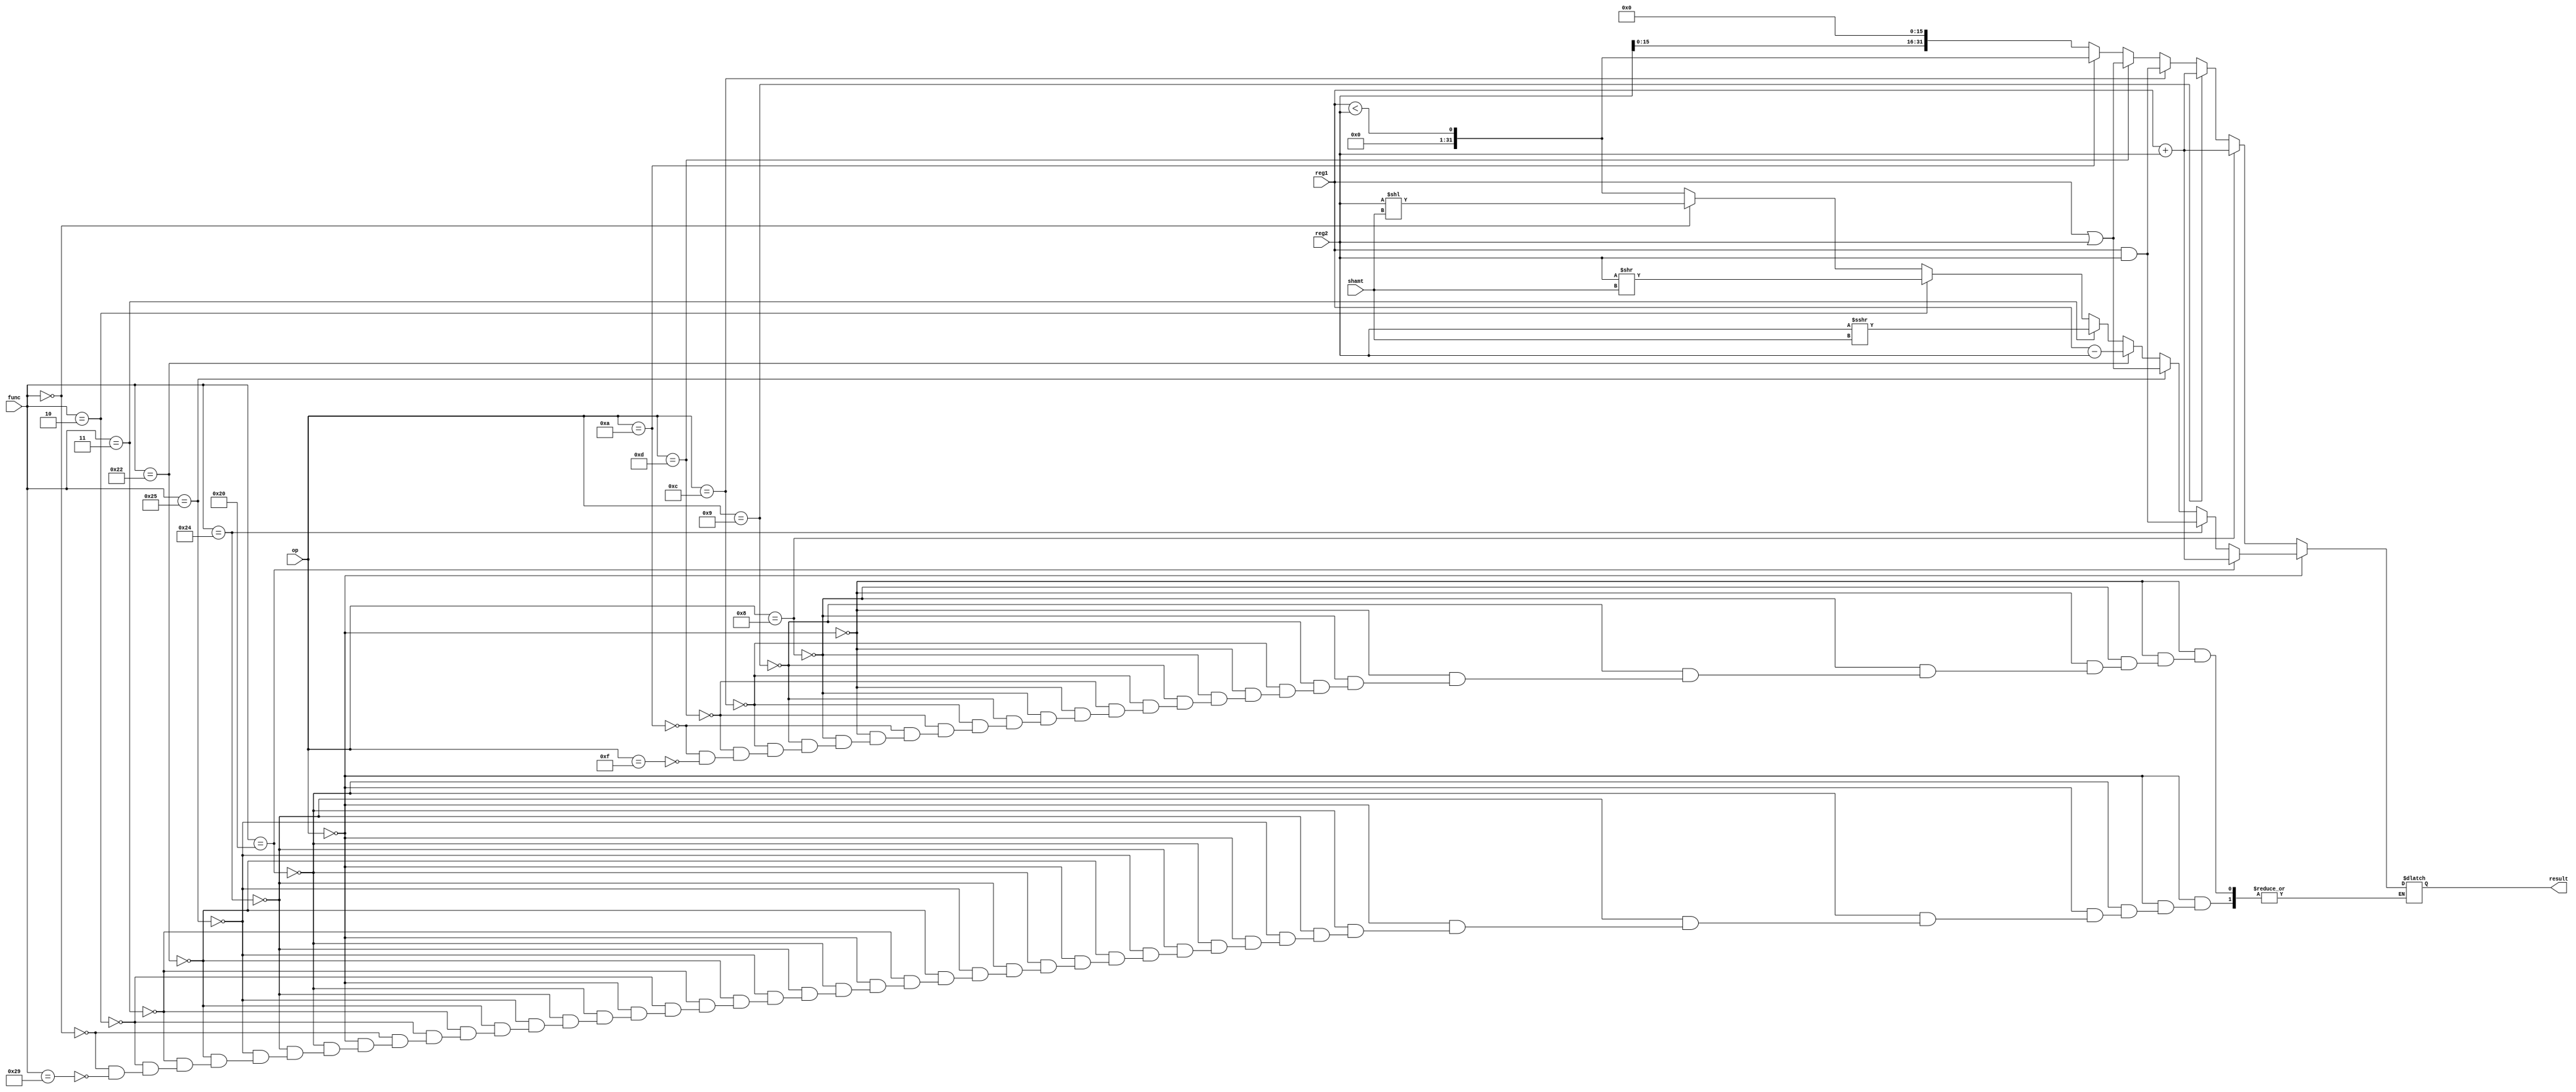
module ALU (reg1, reg2, func, op, shamt ,result);
	
	input signed [31:0] reg1, reg2;
	input [5:0] func, op;
	input [4:0] shamt;
	output reg [31:0] result;
	
	always @(reg2) begin
		if( op == 6'b000000 ) begin
			
			if( func == 6'b100000 ) begin // add
				result = reg1 + reg2; 
				$display("**** ADD ****\n %b + %b", reg1, reg2);
				
			end else if( func == 6'b100100 ) begin // and
				result = reg1 & reg2; 
				$display("**** AND ****\n %b & %b", reg1, reg2);
			
			end else if( func == 6'b100101 ) begin // or
				result = reg1 | reg2; 
				$display("**** OR ****\n %b | %b", reg1, reg2);
			
			end else if( func == 6'b100010 ) begin // sub
				result = reg1 - reg2; 
				$display("**** SUB ****\n %b - %b", reg1, reg2);
			
			end else if( func == 6'b000011 ) begin // sra
				result = reg2 >>> shamt; 
				$display("**** SRA ****\n %b >>> %b", reg2, shamt);
		
			end else if( func == 6'b000010 ) begin // srl
				result = reg2 >> shamt; 
				$display("**** SRL ****\n %b >> %b", reg2, shamt);
			
			end else if( func == 6'b000000 ) begin // sll
				result = reg2 << shamt; 
				$display("**** SLL **** \n%b << %b", reg2, shamt);
				
			end else if( func == 6'b101001 ) begin // sltu
				result = (reg1 < reg2); 
				$display("**** SLTU ****\n %b < %b", reg1, reg2);
			
			end else begin
				$display("No Operation");
			end
		end else begin 
			
			if( op == 6'b001000 ) begin // addi
				result = reg1 + reg2; 
				$display("**** ADDI ****\n %b + %b", reg1, reg2);
			
			end else if( op == 6'b001001 ) begin // addiu
				result = reg1 + reg2; 
				$display("**** ADDIU ****\n %b + %b", reg1, reg2);
			
			end else if( op == 6'b001100 ) begin // andi
				result = reg1 & reg2; 
				$display("**** ANDI ****\n %b & %b", reg1, reg2);
			
			end else if( op == 6'b001101 ) begin // ori
				result = reg1 | reg2; 
				$display("**** ORI ****\n %b | %b", reg1, reg2);
			
			end else if( op == 6'b001010  ) begin // slti
				result = (reg1 < reg2); 
				$display("**** SLTI ****\n %b < %b", reg1, reg2);
			
			end else if( op == 6'b001111 ) begin // lui
				result = (reg2 << 16);
				$display("**** LUI ****\n %b << %b", reg2, 16);
			
			end else begin 
				$display("No operation");
			end end
	end
	
endmodule